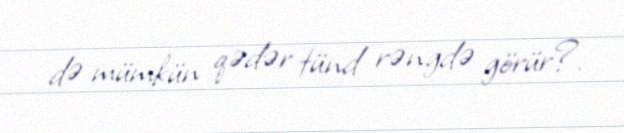
də mümkün qədər tünd rəngdə görür?.